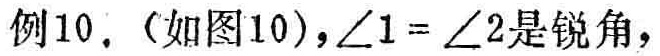
例10.（如图10），\(\angle1 = \angle2\)是锐角，